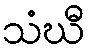
သံဃီ